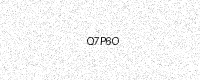
Text: Q7P6O